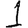
Digit: 1